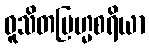
ဝူသိတဗြဟ္မစရိယာ